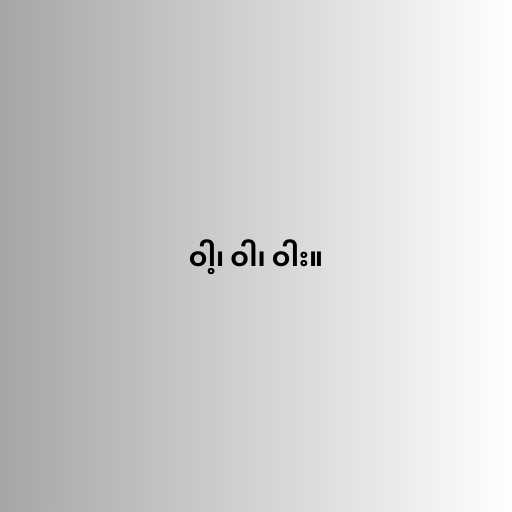
ဝါ့၊ ဝါ၊ ဝါး။